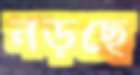
নড়ছে